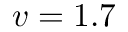
v = 1 . 7